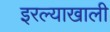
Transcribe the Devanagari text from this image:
इरल्याखाली